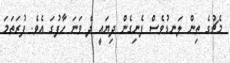
މެޗުގެ ތިން ލަނޑުވެސް ފެނިގެން ދިޔައީ ދެ ވަނަ ހާފުގަ އެވެ. ފުރަތަމަ